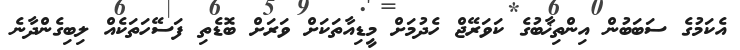
އެކަމުގެ ސަބަބުން އިންތިޚާބުގެ ކަވަރޭޖް ހެދުމަށް މީޑިއާތަކަށް ވަރަށް ބޮޑެތި ފަސޭހަތަކެއް ލިބިގެންދާނެ